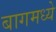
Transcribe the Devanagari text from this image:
बागमध्ये